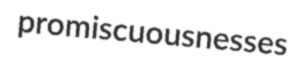
promiscuousnesses